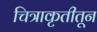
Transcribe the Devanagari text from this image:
चित्राकृतीतून